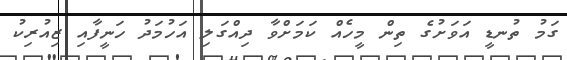
ގަމު ތުނޑީ އަވަށުގެ ތިން މީހެއް ކަމަށްވާ ދިއްގަލި އަހުމަދު ހަނީފާއި ޒިއުރިކު